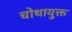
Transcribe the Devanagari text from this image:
चोथायुक्त